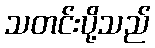
သတင်းပို့သည်